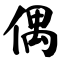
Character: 偶